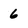
Character: 6